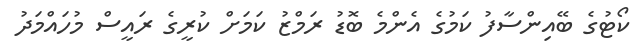
ކޯޓުގެ ބޭއިންސާފު ކަމުގެ އެންމެ ބޮޑު ރަމްޒު ކަމަށް ކުރީގެ ރައީސް މުހައްމަދު